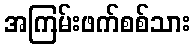
အကြမ်းဖက်စစ်သား